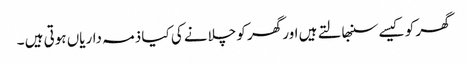
گھر کو کیسے سنبھالتے ہیں اور گھر کو چلانے کی کیا ذمہ داریاں ہوتی ہیں ۔